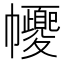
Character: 𢅼